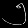
Digit: ၅